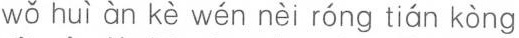
wǒ huì àn kè wén nèi róng tián kòng